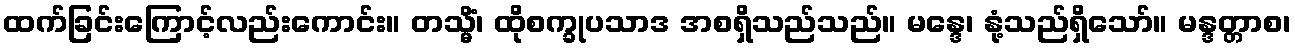
ထက်ခြင်းကြောင့်လည်းကောင်း။ တသ္မိံ၊ ထိုစက္ခုပသာဒ အစရှိသည်သည်။ မန္ဒေ၊ နုံ့သည်ရှိသော်။ မန္ဒတ္တာစ၊